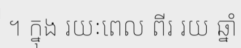
។ ក្នុង រយៈពេល ពីរ រយ ឆ្នាំ